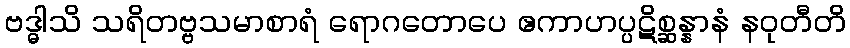
ဗဒ္ဓါသိ သရိတဗ္ဗသမာစာရံ ရောဂတောပေ ဧကာဟပ္ပဋိစ္ဆန္နာနံ နဝုတီတိ